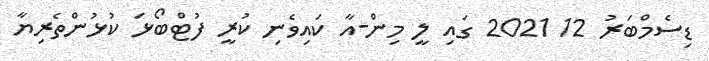
ޑިސެމްބަރު 12 2021 ގައި ލީ މިން-އާ ކައިވެނި ކުރީ ފުޓްބޯޅަ ކުޅުންތެރިޔާ